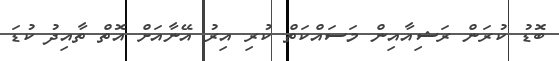
ބޮޑު ކުރަން ރަޝިއާއިން މަސައްކަތް ކުރި އިރު އޭނާއަށް އޮތް ތާއިދު ކުޑަ